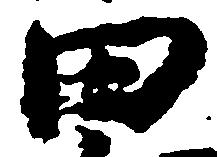
田